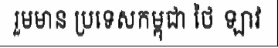
រួមមាន ប្រទេសកម្ពុជា ថៃ ឡាវ